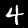
Label: 4